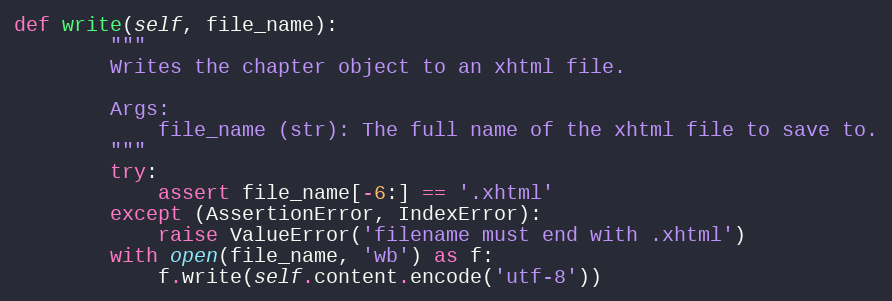
Language: Python
def write(self, file_name):
        """
        Writes the chapter object to an xhtml file.

        Args:
            file_name (str): The full name of the xhtml file to save to.
        """
        try:
            assert file_name[-6:] == '.xhtml'
        except (AssertionError, IndexError):
            raise ValueError('filename must end with .xhtml')
        with open(file_name, 'wb') as f:
            f.write(self.content.encode('utf-8'))